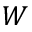
W